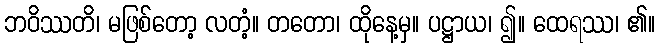
ဘဝိဿတိ၊ မဖြစ်တော့ လတံ့။ တတော၊ ထိုနေ့မှ။ ပဋ္ဌာယ၊ ၍။ ထေရဿ၊ ၏။